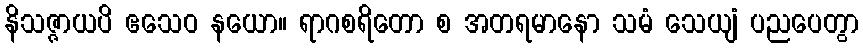
နိသဇ္ဇာယပိ ဧသေဝ နယော။ ရာဂစရိတော စ အတရမာနော သမံ သေယျံ ပညပေတွာ